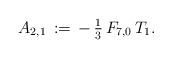
\begin{align*}A_{2,1}\,:=\,-\,\tfrac{1}{3}\,F_{7,0}\,T_1.\end{align*}